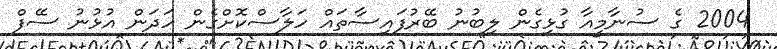
2004 ގެ ސުނާމީއާ ގުޅިގެން ލިބުނު ބޭރުފައިސާތައް ހަލާސްކޮށްގެން ހަދަން އުޅުނު ސޭފް